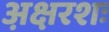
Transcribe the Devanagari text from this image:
अ़क्षरशः